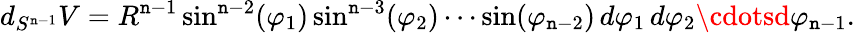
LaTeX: d_{S^{\mathtt{n}-1}}V=R^{\mathtt{n}-1}\sin^{\mathtt{n}-2}(\varphi_{1})\sin^{\mathtt{n}-3}(\varphi_{2})\cdots\sin(\varphi_{\mathtt{n}-2})\, d\varphi_{1}\, d\varphi_{2}\cdotsd\varphi_{\mathtt{n}-1}.